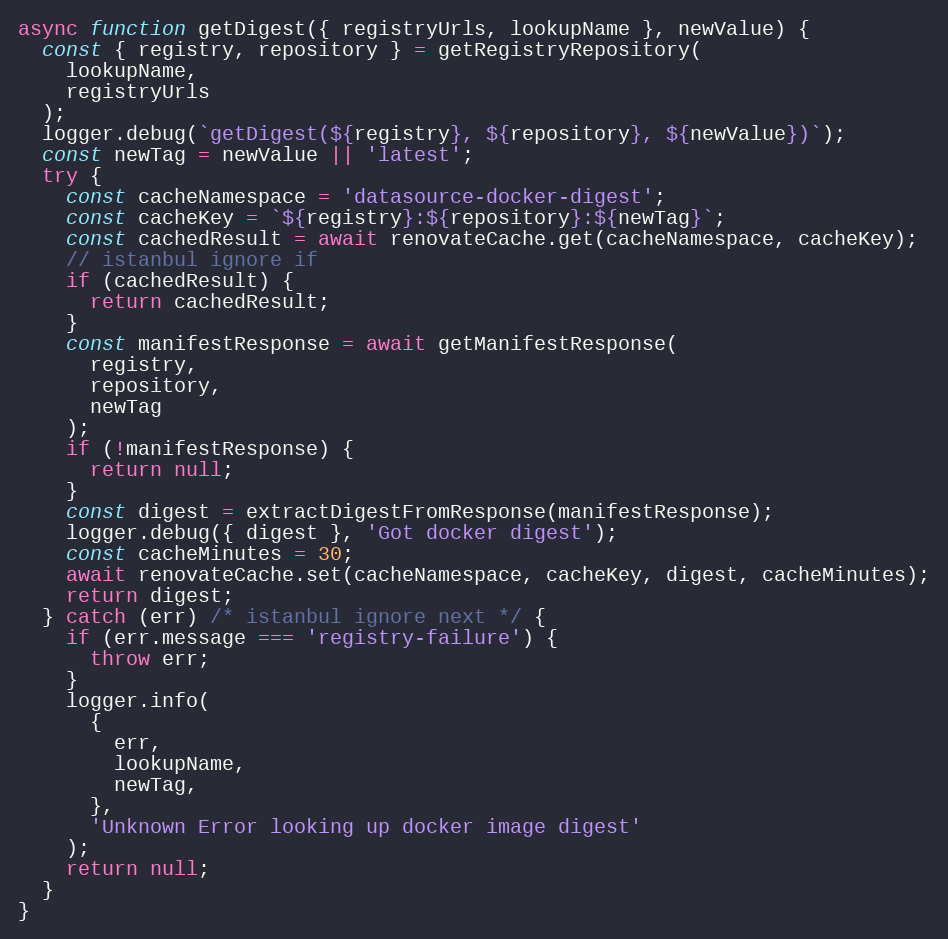
Language: JavaScript
async function getDigest({ registryUrls, lookupName }, newValue) {
  const { registry, repository } = getRegistryRepository(
    lookupName,
    registryUrls
  );
  logger.debug(`getDigest(${registry}, ${repository}, ${newValue})`);
  const newTag = newValue || 'latest';
  try {
    const cacheNamespace = 'datasource-docker-digest';
    const cacheKey = `${registry}:${repository}:${newTag}`;
    const cachedResult = await renovateCache.get(cacheNamespace, cacheKey);
    // istanbul ignore if
    if (cachedResult) {
      return cachedResult;
    }
    const manifestResponse = await getManifestResponse(
      registry,
      repository,
      newTag
    );
    if (!manifestResponse) {
      return null;
    }
    const digest = extractDigestFromResponse(manifestResponse);
    logger.debug({ digest }, 'Got docker digest');
    const cacheMinutes = 30;
    await renovateCache.set(cacheNamespace, cacheKey, digest, cacheMinutes);
    return digest;
  } catch (err) /* istanbul ignore next */ {
    if (err.message === 'registry-failure') {
      throw err;
    }
    logger.info(
      {
        err,
        lookupName,
        newTag,
      },
      'Unknown Error looking up docker image digest'
    );
    return null;
  }
}